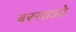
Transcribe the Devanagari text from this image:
बरसाओ